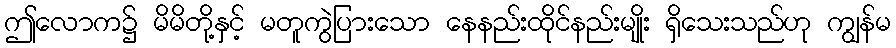
ဤလောက၌ မိမိတို့နှင့် မတူကွဲပြားသော နေနည်းထိုင်နည်းမျိုး ရှိသေးသည်ဟု ကျွန်မ